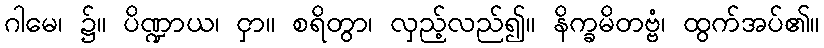
ဂါမေ၊ ၌။ ပိဏ္ဍာယ၊ ငှာ။ စရိတွာ၊ လှည့်လည်၍။ နိက္ခမိတဗ္ဗံ၊ ထွက်အပ်၏။